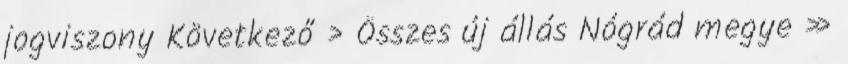
jogviszony Következő › Összes új állás Nógrád megye »